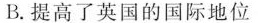
B.提高了英国的国际地位